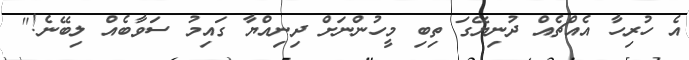
އެ ހުރިހާ އެއްޗެއް ދުނިޔޭގަ ތިބި މީހުންނަށް ދިނިއްޔާ ގައިމު ސަވާބެއް ލިބޭނެ!"